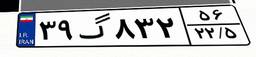
۴۵گ۱۹۵۹۴